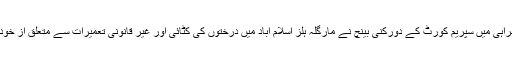
جسٹس عظمت سعید کی سربراہی میں سپریم کورٹ کے دورکنی بینچ نے مارگلہ ہلز اسلام آباد میں درختوں کی کٹائی اور غیر قانونی تعمیرات سے متعلق از خود نوٹس کیس کی سماعت کی۔